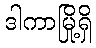
ဒါကာမြို့ရှိ